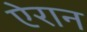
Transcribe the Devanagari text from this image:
ऐरान